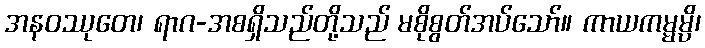
အနဝဿုတေ၊ ရာဂ-အစရှိသည်တို့သည် မစိုစွတ်အပ်သော်။ ကာယကမ္မမ္ပိ၊